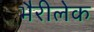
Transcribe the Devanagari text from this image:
भैरीलेक